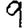
Digit: 9